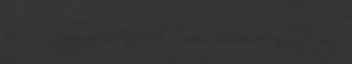
is veri a magyar futballt Óriási meccset nyert meg